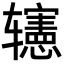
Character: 𨐊